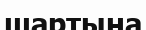
шартына